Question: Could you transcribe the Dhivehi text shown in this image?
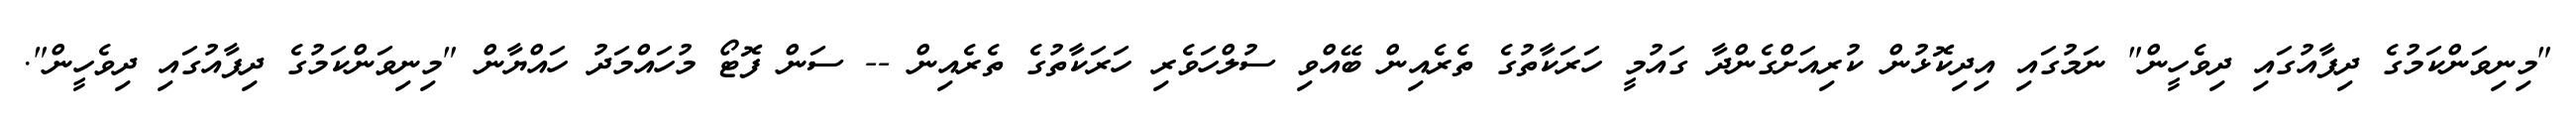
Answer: "މިނިވަންކަމުގެ ދިފާއުގައި ދިވެހީން" ނަމުގައި އިދިކޮޅުން ކުރިއަށްގެންދާ ގައުމީ ހަރަކާތުގެ ތެރެއިން ބޭއްވި ސުލްހަވެރި ހަރަކާތުގެ ތެރެއިން -- ސަން ފޮޓޯ މުހައްމަދު ހައްޔާން "މިނިވަންކަމުގެ ދިފާއުގައި ދިވެހީން".